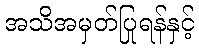
အသိအမှတ်ပြုရန်နှင့်